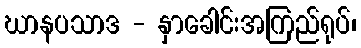
ဃာနပသာဒ - နှာခေါင်းအကြည်ရုပ်၊